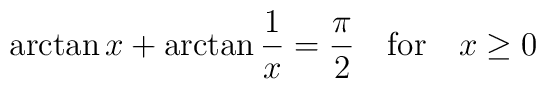
\arctan{x} + \arctan \frac{1}{x} = \frac{\pi}{2}~~~{\rm for}~~~x \ge 0